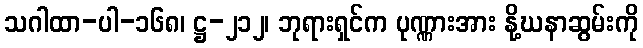
သဂါထာ-ပါ-၁၆၈၊ ဋ္ဌ-၂၁၂၊ ဘုရားရှင်က ပုဏ္ဏားအား နို့ဃနာဆွမ်းကို